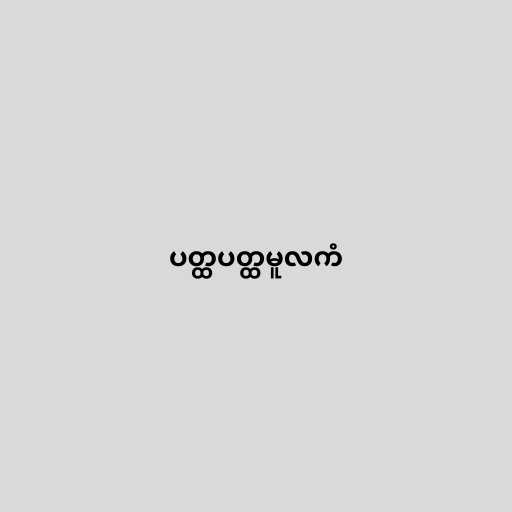
ပတ္ထပတ္ထမူလကံ